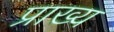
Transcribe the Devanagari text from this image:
प्राख्य